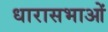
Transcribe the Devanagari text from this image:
धारासभाओं